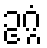
ဥဂ္ဂံ